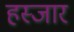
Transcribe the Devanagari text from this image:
हस्जार